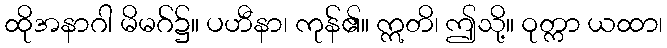
ထိုအနာဂါ မိမဂ်၌။ ပဟီနာ၊ ကုန်၏။ ဣတိ၊ ဤသို့။ ဝုတ္ကာ ယထာ၊